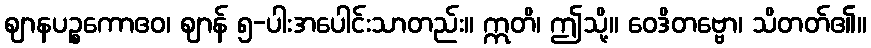
ဈာနပဉ္စကောဧဝ၊ ဈာန် ၅-ပါးအပေါင်းသာတည်း။ ဣတိ၊ ဤသို့။ ဝေဒိတဗ္ဗော၊ သိတတ်၏။